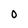
Character: 0